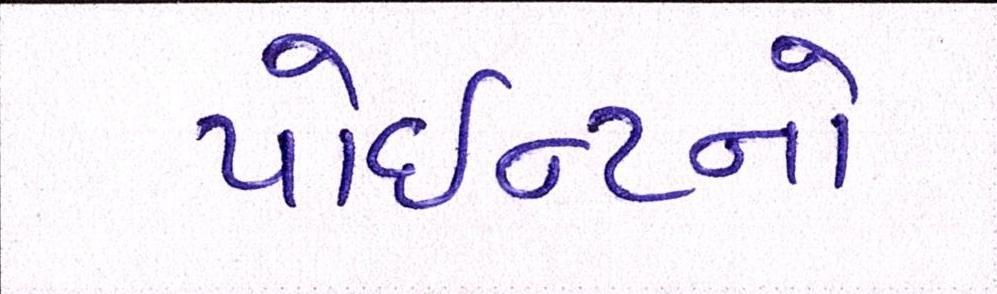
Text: પોઇન્ટનો